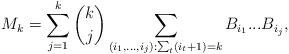
\begin{align*}M_k=\sum_{j=1}^k \binom{k}{j}\sum_{(i_1,...,i_j):\sum_t (i_t+1)=k}B_{i_1}...B_{i_j},\end{align*}